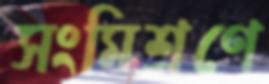
সংমিশ্রণে